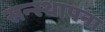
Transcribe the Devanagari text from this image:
सन्स्थापना